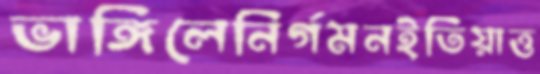
ভাঙ্গিলেনির্গমনইতিয়াত্ত